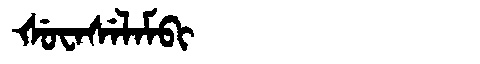
Manchu: ᡧᡠᠸᠠᠰᡝᠯᠠᠮᠪᡳ
Romanization: ŠUWASELAMBI